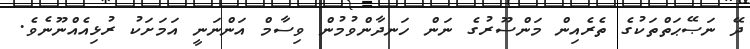
ދޭ ނަޞޭޙަތްތަކުގެ ތެރެއިން މަންސޫރުގެ ނަން ހަނދާންވުމުން ވިސާމް އަންނަނީ އަމަށަކު ރުޅިއެއްނޫނެވެ.